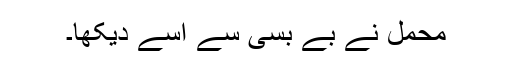
محمل نے بے بسی سے اسے دیکھا۔